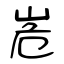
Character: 峞